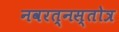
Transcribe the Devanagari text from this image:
नवरत्नस्तोत्र